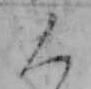
く